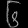
Digit: ၆